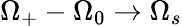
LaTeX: \Omega_{+}-\Omega_{0}\rightarrow\Omega_{s}